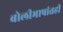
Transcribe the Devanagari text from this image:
बोलीभाषांतही